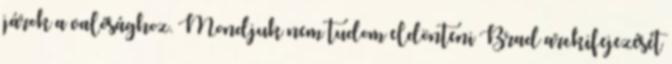
járok a valósághoz. Mondjuk nem tudom eldönteni Brad arckifejezését